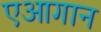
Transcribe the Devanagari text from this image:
एआगान